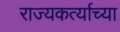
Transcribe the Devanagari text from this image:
राज्यकर्त्याच्या